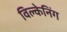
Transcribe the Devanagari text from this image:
विल्केनिंग